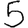
Digit: 5